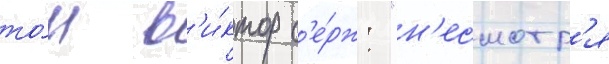
то́м в'и́ктор с'е́рж: "н'есмотр'я